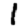
Digit: 1